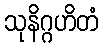
သုနိဂ္ဂဟိတံ